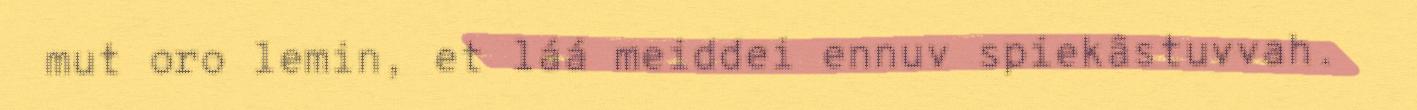
mut oro lemin, et láá meiddei ennuv spiekâstuvvah.